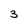
Character: 3